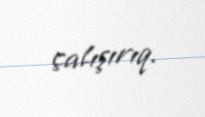
çalışırıq.